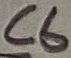
Text: C6